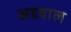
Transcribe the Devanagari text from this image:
अडवाल